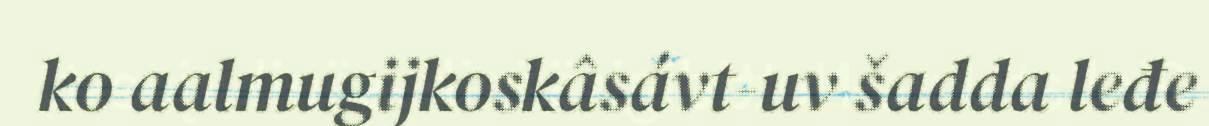
ko aalmugijkoskâsávt-uv šadda leđe